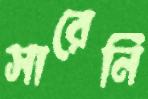
সারেনি